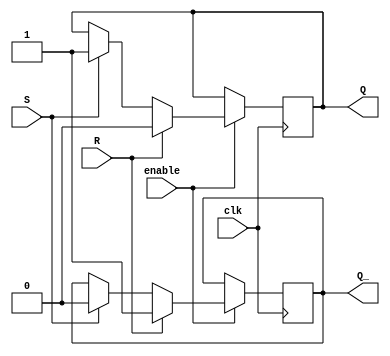
module gated_sr_ff (
    input S, // Set input
    input R, // Reset input
    input clk, // Clock input
    input enable, // Enable signal input
    output reg Q, // Output
    output reg Q_ // Inverse output
);

always @(posedge clk) begin
    if (enable) begin
        if (R) begin
            Q <= 0;
            Q_ <= 1;
        end else if (S) begin
            Q <= 1;
            Q_ <= 0;
        end
    end
end

endmodule